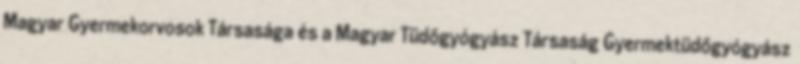
Magyar Gyermekorvosok Társasága és a Magyar Tüdőgyógyász Társaság Gyermektüdőgyógyász